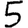
Digit: 5